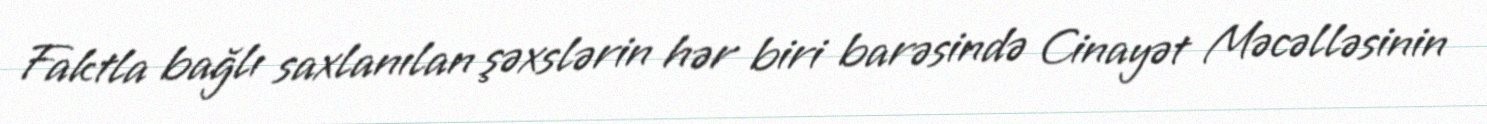
Faktla bağlı saxlanılan şəxslərin hər biri barəsində Cinayət Məcəlləsinin